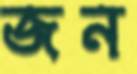
জন